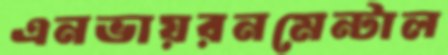
এনভায়রনমেন্টাল